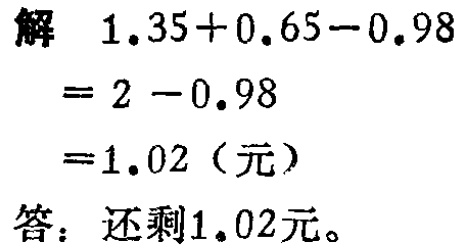
解 \(1.35 + 0.65 - 0.98\)

\(= 2 - 0.98\)

\(= 1.02\)（元）

答：还剩\(1.02\)元。